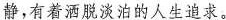
静,有着洒脱淡泊的人生追求。